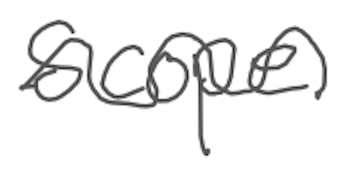
Text: Scope
Cross-out: wave
Writing tool: digital_gray